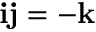
\mathbf { i } \mathbf { j } = - \mathbf { k }